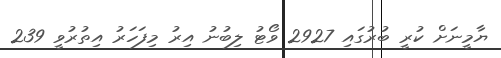
ޔާމީނަށް ކުރީ ބުރުގައި 2927 ވޯޓު ލިބުނު އިރު މިފަހަރު އިތުރުވީ 239